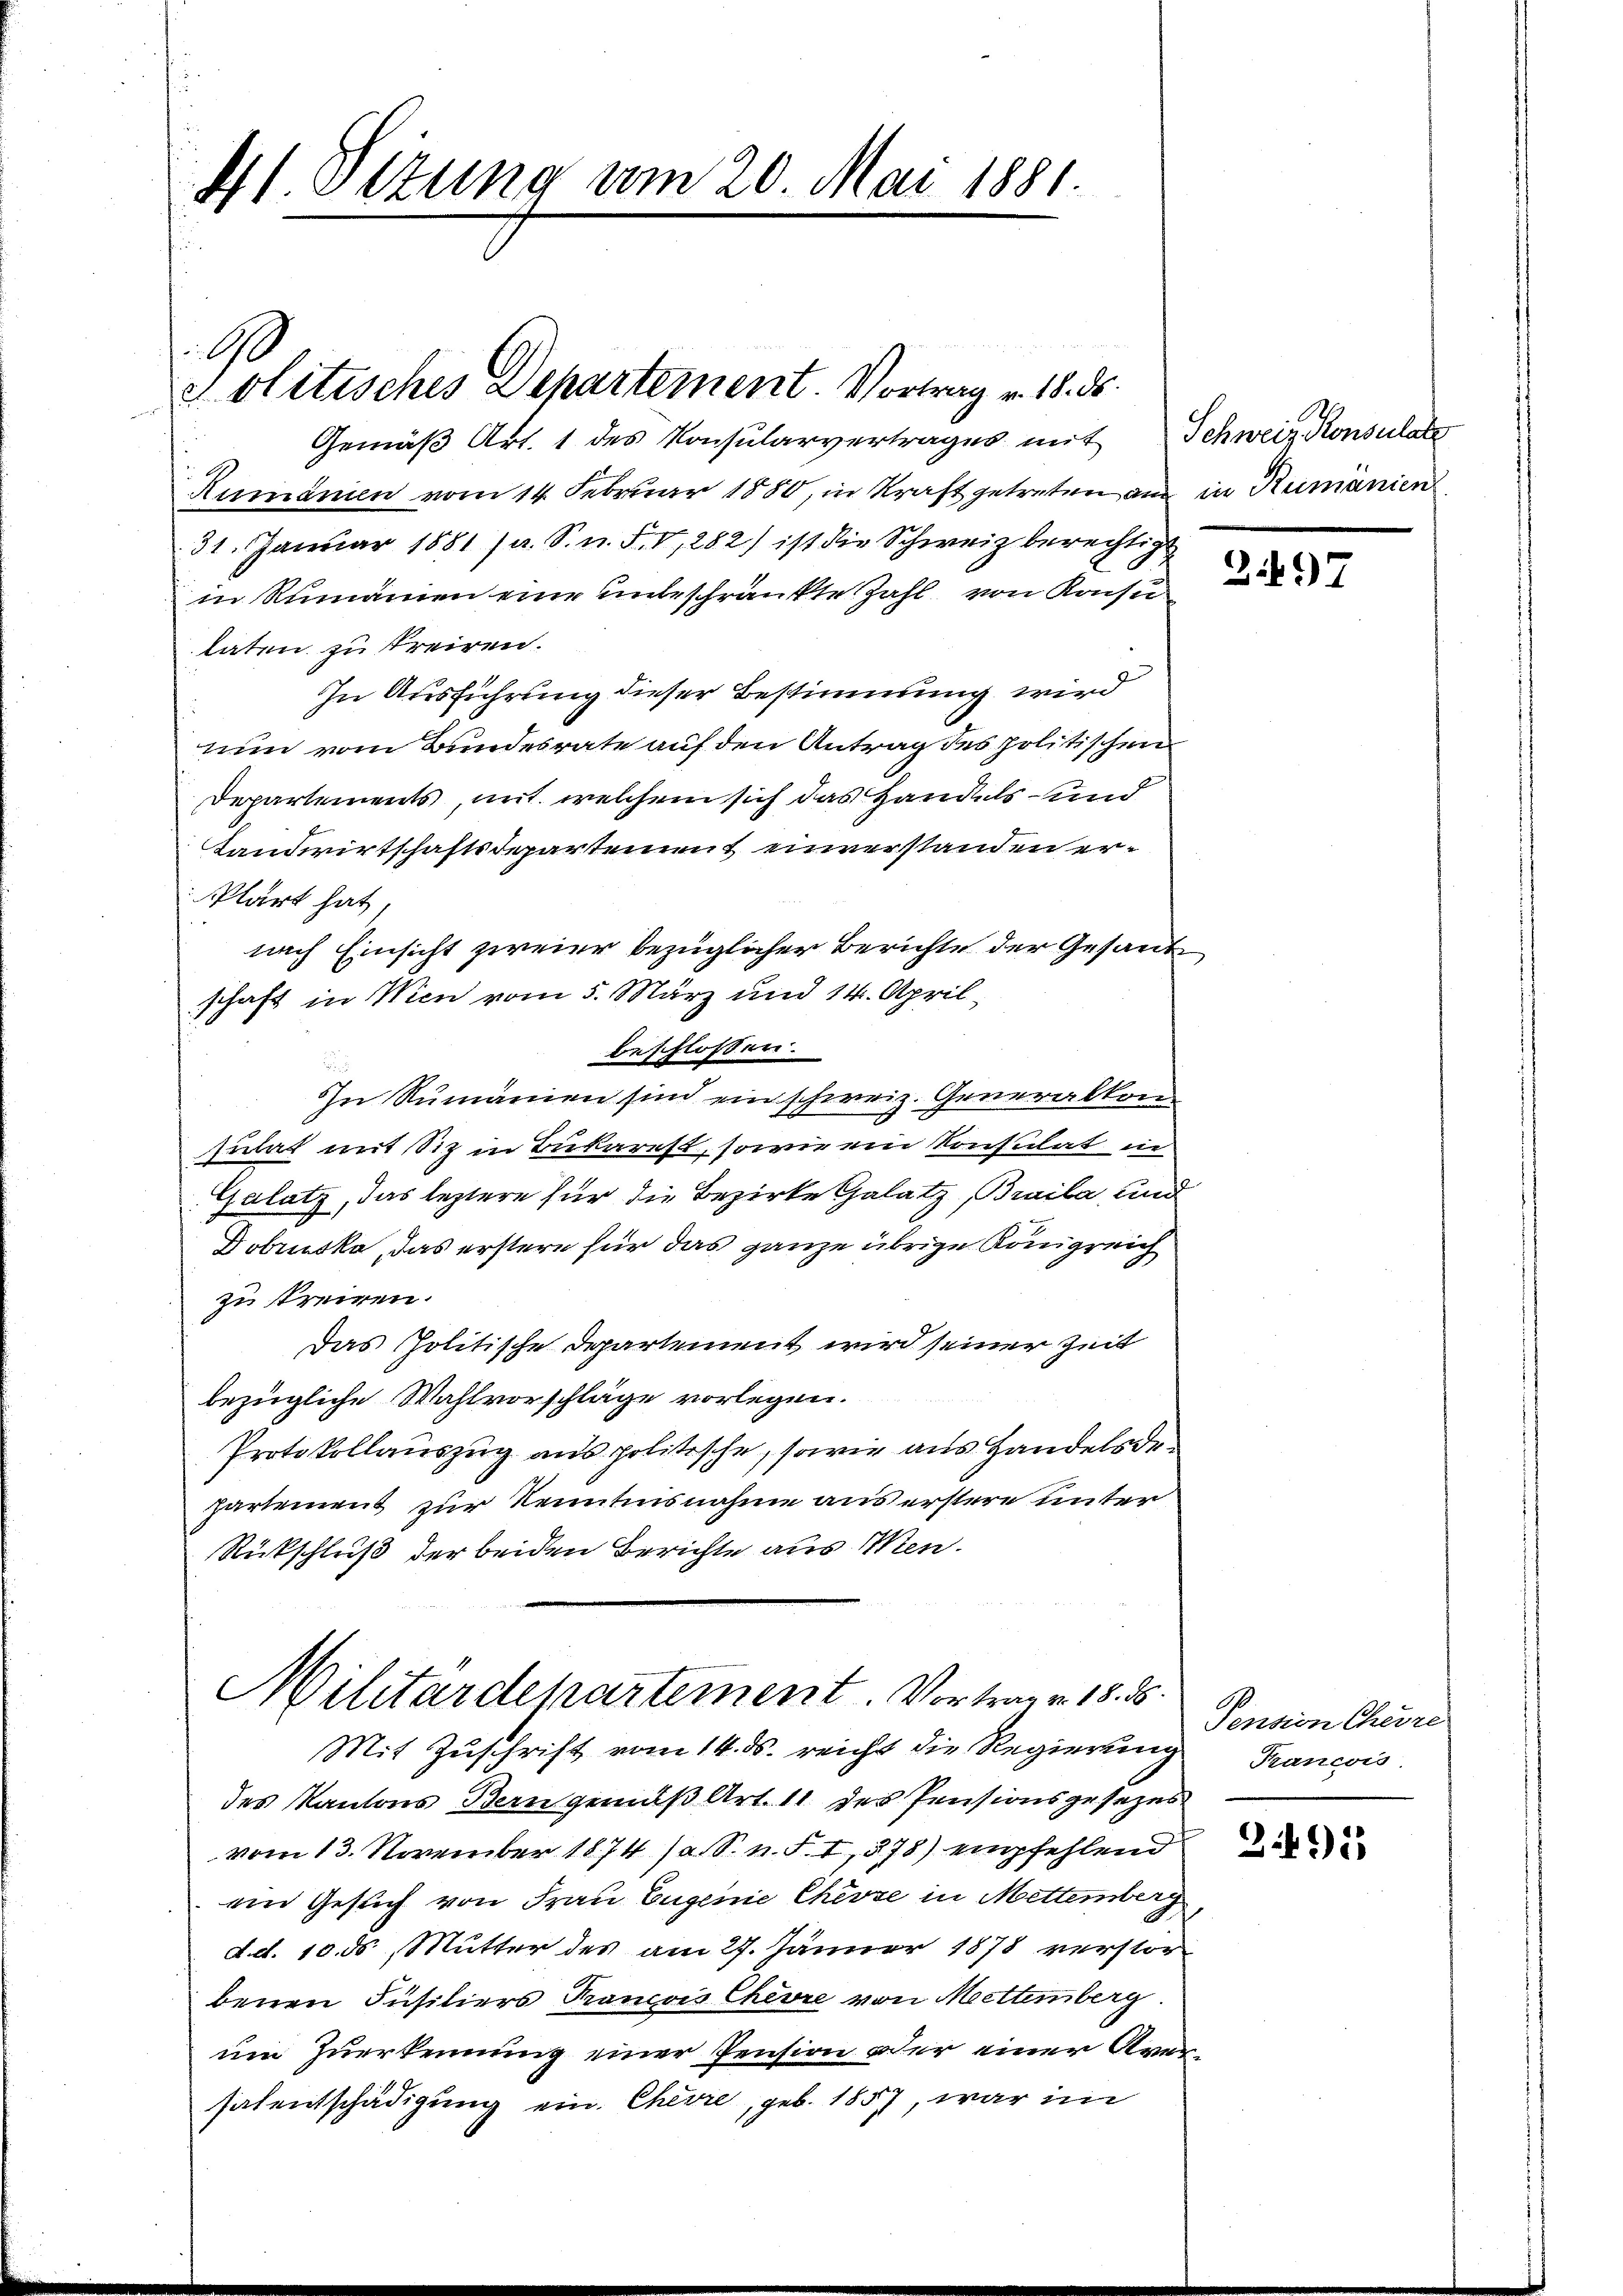
41. Sizung am 20. Mai 1881

Gemäß Art. 1 des Konsularvertrages mit Schweiz. Konsulate
Rumanien vom 14. Februar 1880, in Kraft getreten aus in Rumänien
31. Januar 1881 (s. S. n. F. V,282) ist die Schweiz berechtigt
in Rumannen eine unterschränkte Zahl von Konsu
taten zu treiren.
In Ausführung dieser Bestimmung wird
nun vom Bundesrate auf den Antrag des politischen
Departements, mit welchem sich das Handels und
Landwirtschaftsdepartement einverstanden er¬
Plärt hat,
nach Einsicht zweier bezüglicher Berichte der Gesand
schaft in Wien vom 5. März und 14. April
beschlossen:
In Rumänien sind einschweiz. Generalkon
sulat mit Siz in Bukarest, sowie ein Konsulat in
Galatz, das leztere für die Bezirke Galatz, Braila und
Dobrska, das erstere für das ganze übrige Königreich
zu freigen.
Das Politische Departement wird seiner Zeit
bezügliche Wahlvorschläge vorlegen.
Protokollauszug aus politische, sowie aus Handelsdepartement zur Kenntnisnahme aus erstere unter
Rückschluß der beiden Berichte aus Men¬
Militärdepartement. Vortrag v. 18. d.
Mit Zuschrift vom 14. ds. reicht die Regierung
des Kantons Bern gemäß Art. 11 des Pensionsgesezes
vom 13. November 1874 /a S. n. F. I, 878) empfehlend
ein Gesuch von Frau Eugenie Chevse in Mettemberg
d. d. 10. ds Mutter des am 27. Jänner 1878 verstor
benen Füsiliers Francois Chevre von Mettemberg.
um Zuerkennung einer Pension oder einer Arme
salentschädigung ein Chevre, geb. 1857, war im

.

olitisches Departement. Vortrag v. 18. ds.

3.497

Pension Cherre
Tancois.

395